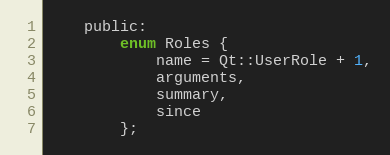
Language: C
    public:
        enum Roles {
            name = Qt::UserRole + 1,
            arguments,
            summary,
            since
        };